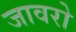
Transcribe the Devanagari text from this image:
जावरो